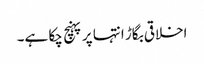
اخلاقی بگاڑ انتہا پر پہنچ چکا ہے۔